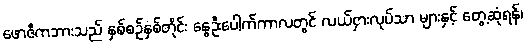
ဖောဇီကဘားသည် နှစ်စဉ်နှစ်တိုင်း နွေဦးပေါက်ကာလတွင် လယ်ငှားလုပ်သာ များနှင့် တွေ့ဆုံရန်၊